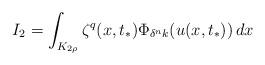
LaTeX: \begin{align*}I_2 =\int_{K_{2\rho}} \zeta^q(x,t_*)\Phi_{\delta^nk}(u(x,t_*))\, dx\end{align*}